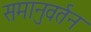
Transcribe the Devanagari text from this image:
समानुवर्तन